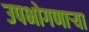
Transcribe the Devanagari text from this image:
उपभोगणार्‍या